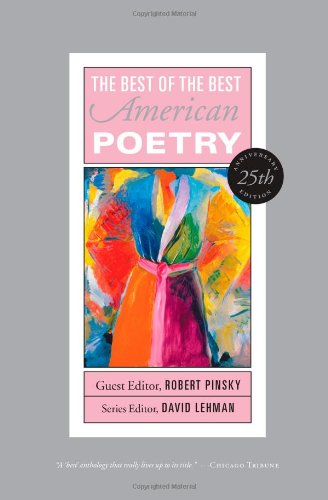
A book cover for Best of the Best American Poetry: 25th Anniversary Edition (The Best of the Best); Literature & Fiction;